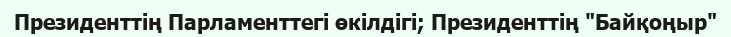
Президенттің Парламенттегі өкілдігі; Президенттің "Байқоңыр"